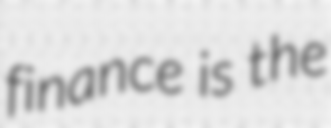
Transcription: finance is the